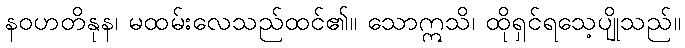
နဝဟတိနုန၊ မထမ်းလေသည်ထင်၏။ သောဣသိ၊ ထိုရှင်ရသေ့ပျိုသည်။